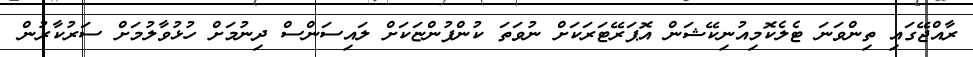
ރާއްޖޭގައި ތިންވަނަ ޓެލެކޮމިއުނިކޭޝަން އޮޕަރޭޓަރަކަށް ނުވަތަ ކުންފުންޏަކަށް ލައިސަންސް ދިނުމަށް ހުޅުވާލުމަށް ސަރުކާރުން